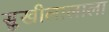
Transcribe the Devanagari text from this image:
सुखीलालाला